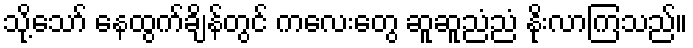
သို့သော် နေထွက်ချိန်တွင် ကလေးတွေ ဆူဆူညံညံ နိုးလာကြသည်။